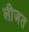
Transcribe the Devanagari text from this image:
लीजत